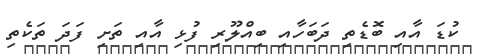
ކުޑަ އާއި ބޮޑެތި ދަބަހާއި ބިއްލޫރި ފުޅި އާއި ތަށި ފަދަ ތަކެތި